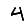
Digit: 4